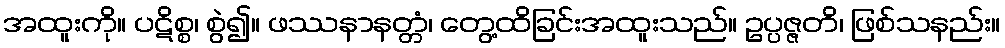
အထူးကို။ ပဋိစ္စ၊ စွဲ၍။ ဖဿနာနတ္တံ၊ တွေ့ထိခြင်းအထူးသည်။ ဥပ္ပဇ္ဇတိ၊ ဖြစ်သနည်း။